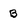
Character: B